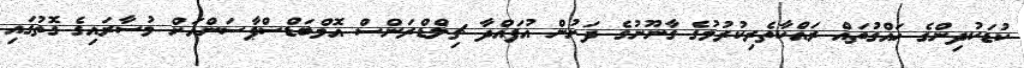
ކުޑަކުދިންގެ ހައްގުތައް ރައްކާތެރިކުރުމުގެ ގާނޫނުގެ ދަށުން އުފައްދާ ޗިލްޑްރަންސް އޮމްބަޑްސްޕާސަންއަށް މުސާރައިގެ ގޮތުގައި